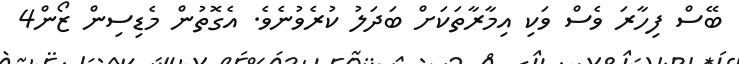
ބޭސް ފިހާރަ ވެސް ވަކި އިމާރާތަކަށް ބަދަލު ކުރެވުނެވެ. އެގޮތުން މެޑިސިން ޒޯން4